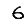
Digit: 6